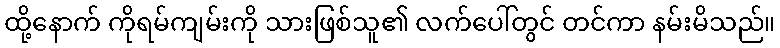
ထို့နောက် ကိုရမ်ကျမ်းကို သားဖြစ်သူ၏ လက်ပေါ်တွင် တင်ကာ နမ်းမိသည်။